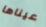
عيناها